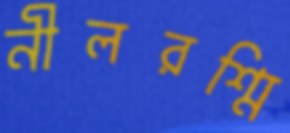
নীলরশ্মি